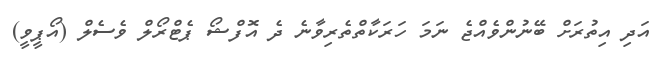
އަދި އިތުުރަށް ބޭނުންވެއްޖެ ނަމަ ހަރަކާތްތެރިވާނެ ދެ އޮފްޝޯ ޕެޓްރޯލް ވެސެލް (އޯޕީވީ)